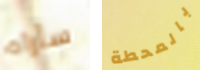
سأراه بالمحطة